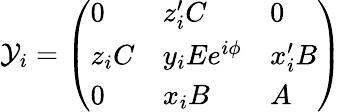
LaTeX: \mathcal{Y}_{i}=\left(\begin{array}{lll}{{0}}&{{z_{i}^{\prime}C}}&{{0}}\\ {{z_{i}C}}&{{y_{i}Ee^{i\phi}}}&{{x_{i}^{\prime}B}}\\ {{0}}&{{x_{i}B}}&{{A}}\end{array}\right)